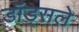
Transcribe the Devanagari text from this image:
डॉड्सले